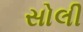
સોલી